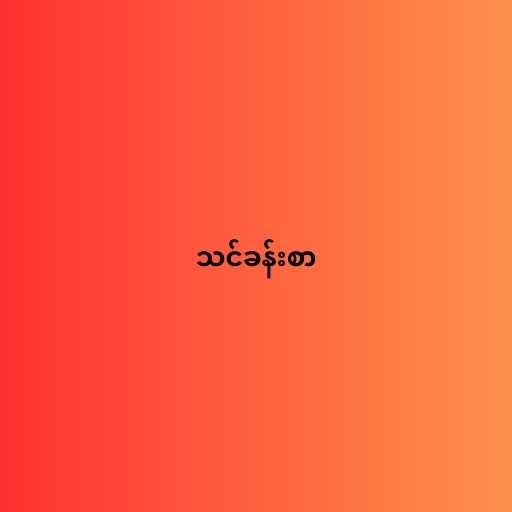
သင်ခန်းစာ